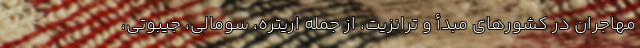
مهاجران در کشورهای مبدأ و ترانزیت، از جمله اریتره، سومالی، جیبوتی،